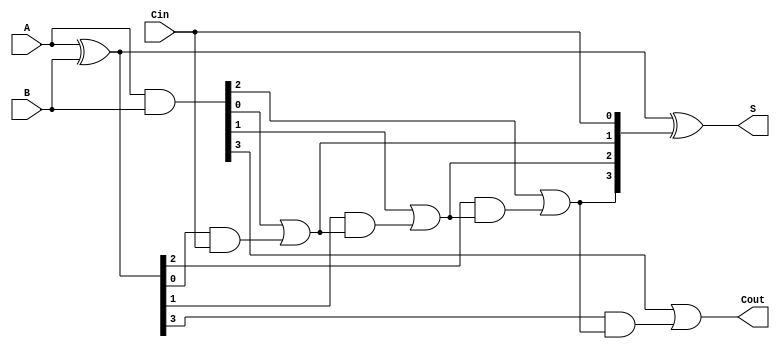
module HanCarlsonAdder #(parameter n = 4) (
    input  [n-1:0] A,      // First n-bit input
    input  [n-1:0] B,      // Second n-bit input
    input          Cin,     // Carry-in
    output [n-1:0] S,      // n-bit sum output
    output         Cout     // Carry-out
);

    wire [n-1:0] G;        // Generate signals
    wire [n-1:0] P;        // Propagate signals
    wire [n:0] C;          // Carry signals (C[0] is Cin)

    // Generate and Propagate signals
    assign G = A & B;      // G[i] = A[i] AND B[i]
    assign P = A ^ B;      // P[i] = A[i] XOR B[i]

    // Carry Generation
    assign C[0] = Cin;     // C[0] = Cin
    genvar i;
    generate
        for (i = 1; i < n; i = i + 1) begin : carry_generation
            assign C[i] = G[i-1] | (P[i-1] & C[i-1]); // C[i] = G[i-1] OR (P[i-1] AND C[i-1])
        end
    endgenerate
    assign C[n] = G[n-1] | (P[n-1] & C[n-1]); // Final carry-out

    // Sum Generation
    assign S = P ^ C[n-1:0]; // S[i] = P[i] XOR C[i]

    // Carry-out
    assign Cout = C[n]; // Cout = C[n]

endmodule